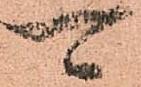
可